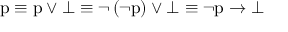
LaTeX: { \mathrm { p } } \equiv { \mathrm { p } } \vee \bot \equiv \lnot \left( \lnot { \mathrm { p } } \right) \vee \bot \equiv \lnot { \mathrm { p } } \to \bot